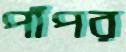
পাঁপর